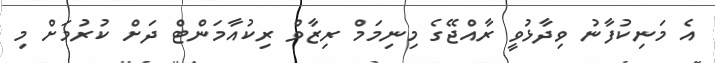
އެ މަނިކުފާނު ވިދާޅުވީ ރާއްޖޭގެ މިނިމަމް ރިޒާވް ރިކުއާމަންޓް ދަށް ކުރުމަށް މި